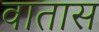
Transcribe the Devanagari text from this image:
वातास